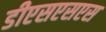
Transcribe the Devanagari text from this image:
डीएसएसएस